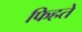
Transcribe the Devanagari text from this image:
फिहते